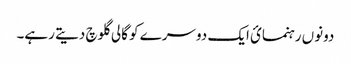
دونوں رہنمائ ایک دوسرے کو گالی گلوچ دیتے رہے۔